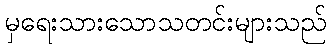
မှရေးသားသောသတင်းများသည်